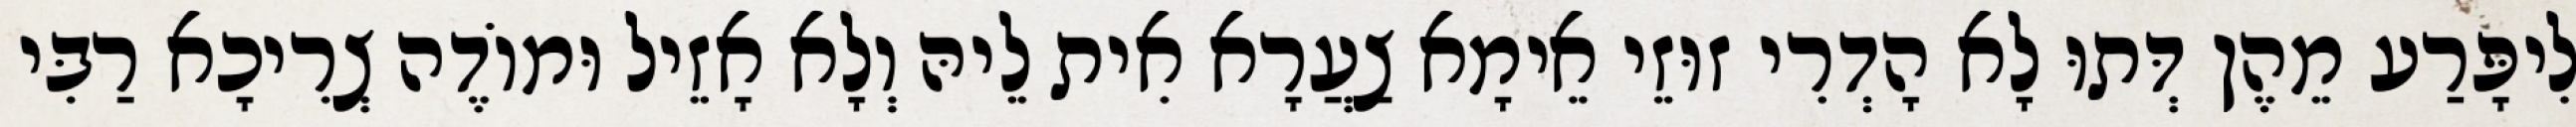
לִיפָּרַע מֵהֶן דְּתוּ לָא הָדְרִי זוּזֵי אֵימָא צַעֲרָא אִית לֵיהּ וְלָא אָזֵיל וּמוֹדֶה צְרִיכָא רַבִּי